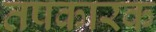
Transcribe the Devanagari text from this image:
तपकारक